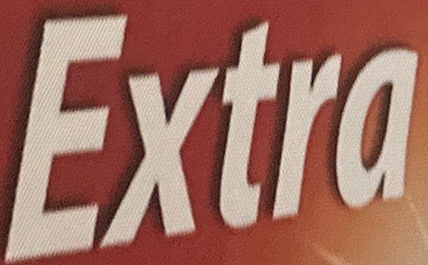
Extra